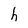
Character: h